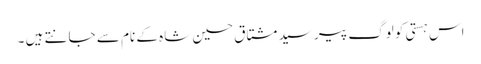
اس ہستی کو لوگ پیر سید مشتاق حسین شاہ کے نام سے جانتے ہیں ۔